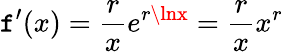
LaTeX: \mathtt{f}^{\prime}(x)={\frac{{r}}{{x}}}e^{r\lnx}={\frac{{r}}{{x}}}x^{r}